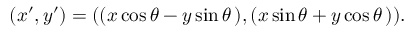
( x ^ { \prime } , y ^ { \prime } ) = ( ( x \cos \theta - y \sin \theta \, ) , ( x \sin \theta + y \cos \theta \, ) ) .